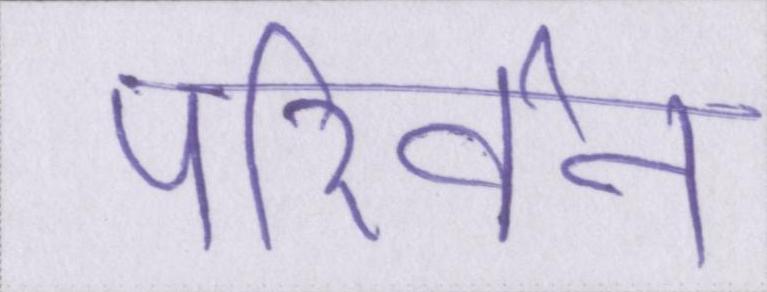
परिर्वन